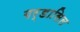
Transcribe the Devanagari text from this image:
गर्डासिल